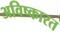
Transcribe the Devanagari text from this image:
अविष्कारत